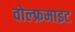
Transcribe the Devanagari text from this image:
वोल्फ्रमाइट